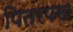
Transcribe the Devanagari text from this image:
पितरपख